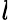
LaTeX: \mathit l